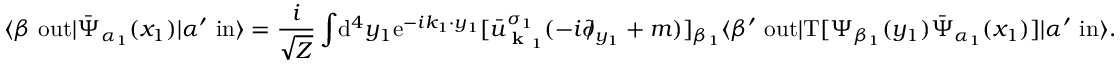
\langle \beta \ \mathrm { o u t } | { \bar { \Psi } } _ { \alpha _ { 1 } } ( x _ { 1 } ) | \alpha ^ { \prime } \ \mathrm { i n } \rangle = { \frac { i } { \sqrt { Z } } } \int \! \mathrm { d } ^ { 4 } y _ { 1 } \mathrm { e } ^ { - i k _ { 1 } \cdot y _ { 1 } } [ { \bar { u } } _ { { \textbf { k } } _ { 1 } } ^ { \sigma _ { 1 } } ( - i \partial \! \! \! / _ { y _ { 1 } } + m ) ] _ { \beta _ { 1 } } \langle \beta ^ { \prime } \ \mathrm { o u t } | \mathrm { T } [ \Psi _ { \beta _ { 1 } } ( y _ { 1 } ) { \bar { \Psi } } _ { \alpha _ { 1 } } ( x _ { 1 } ) ] | \alpha ^ { \prime } \ \mathrm { i n } \rangle .